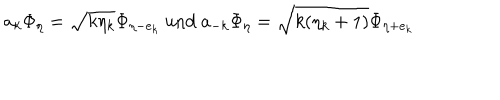
a _ { k } \Phi _ { \eta } = \sqrt { k \eta _ { k } } \Phi _ { \eta - e _ { k } } \mathrm { ~ u n d ~ } a _ { - k } \Phi _ { \eta } = \sqrt { k ( \eta _ { k } + 1 ) } \Phi _ { \eta + e _ { k } }